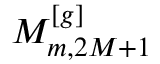
M _ { m , 2 M + 1 } ^ { [ g ] }